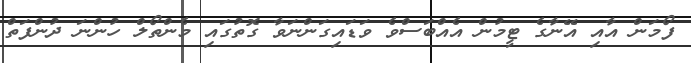
ފޯމަން އާއި އޭނާގެ ޓީމުން އެއްބަސްވެ ވަޑައިގަންނަވާ ގޮތުގައި މެންތޯލް ހުންނަ ދުންފަތް